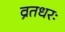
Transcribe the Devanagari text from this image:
व्रतधरः